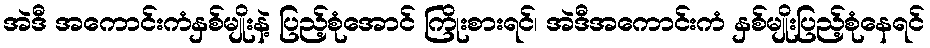
အဲဒီ အကောင်းကံနှစ်မျိုးနဲ့ ပြည့်စုံအောင် ကြိုးစားရင်၊ အဲဒီအကောင်းကံ နှစ်မျိုးပြည့်စုံနေရင်